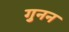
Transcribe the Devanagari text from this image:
गुनन